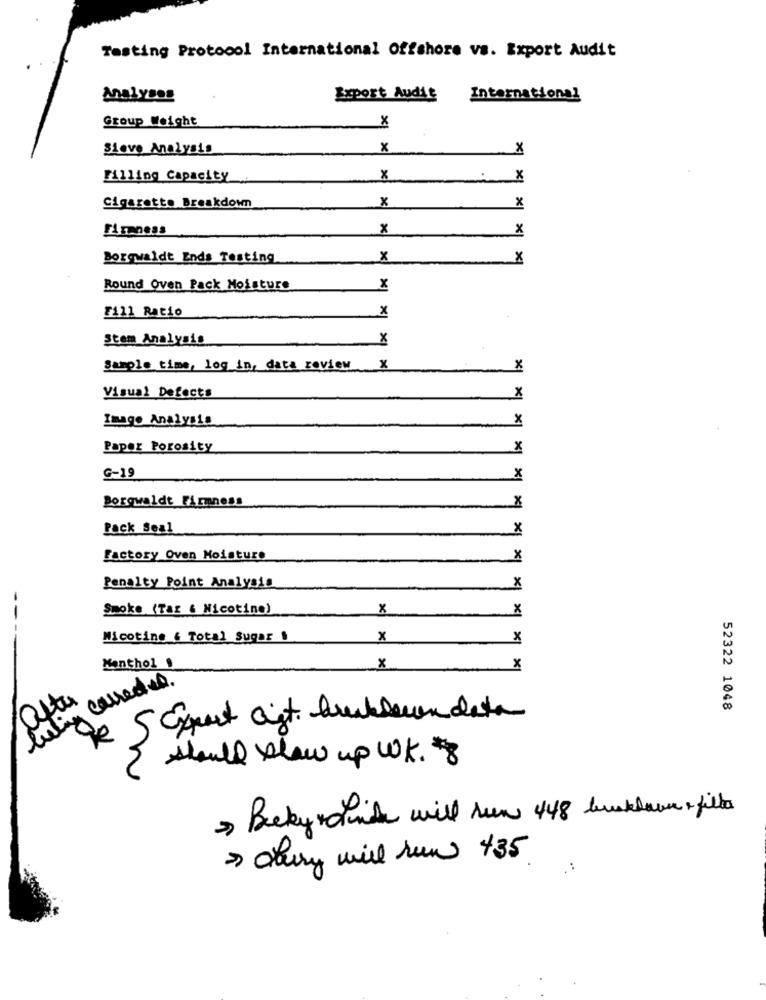
Tasting Protocol International Offshore vs. Export Audit
Analyses
Export Audit
International
Group Weight
X
Sieve Analysis
x
X
Filling Capacity
x
X
x
x
Cigarette Breakdown
Firmness
x
X
Borgwaldt Ends Testing
x
X
Round Oven Pack Moisture
X
Fill Racio
x
Stem Analysis
X
Sample time, log in, data review x
X
Visual Defects
X
Image Analysis
x
Paper Porosity
x
G-19
x
Borgwaldt Firmness
X
Pack Seal
x
Factory Oven Moisture
x
Penalty Point Analysis
X
Smoke (Tar & Nicotine)
x
X
-
Nicotine & Total Sugar 1
x
x
Menthol
x
x
living corredor.
52322 1048
5 Expert aist. brukleur data
should slaw up WK. 8
> Becky rapide will run 448 backdown & filhos
> dury will run 435